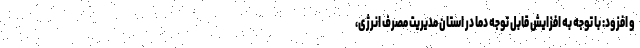
و افزود: با توجه به افزایش قابل توجه دما در استان مدیریت مصرف انرژی،